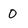
Character: 0